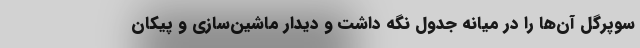
سوپرگل آن‌ها را در میانه جدول نگه داشت و دیدار ماشین‌سازی و پیکان